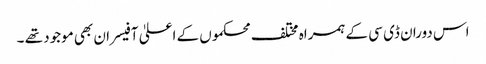
اس دوران ڈی سی کے ہمراہ مختلف محکموں کے اعلیٰ آفیسران بھی موجود تھے ۔